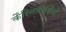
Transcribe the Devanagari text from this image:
कैरिनाचिकैनो